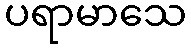
ပရာမာသေ